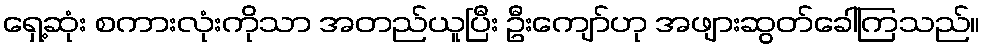
ရှေ့ဆုံး စကားလုံးကိုသာ အတည်ယူပြီး ဦးကျော်ဟု အဖျားဆွတ်ခေါ်ကြသည်။